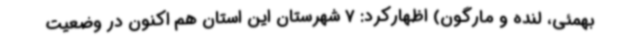
بهمئی، لنده و مارگون) اظهارکرد: 7 شهرستان این استان هم اکنون در وضعیت